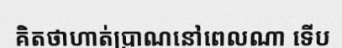
គិតថាហាត់ប្រាណនៅពេលណា ទើប